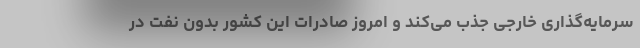
سرمایه‌گذاری خارجی جذب می‌کند و امروز صادرات این کشور بدون نفت در